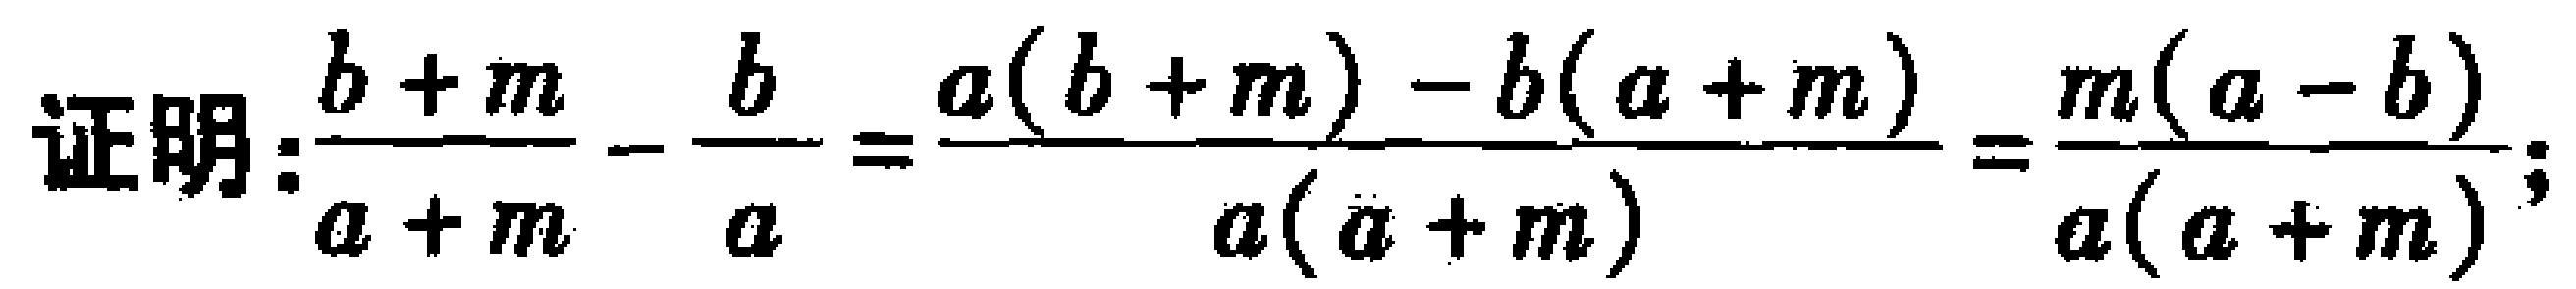
证明：\(\frac{b + m}{a + m} - \frac{b}{a} = \frac{a(b + m) - b(a + m)}{a(a + m)} = \frac{m(a - b)}{a(a + m)}\);